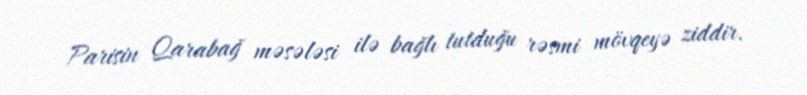
Parisin Qarabağ məsələsi ilə bağlı tutduğu rəsmi mövqeyə ziddir.